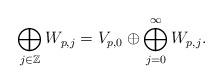
LaTeX: \begin{align*} \bigoplus_{j \in \mathbb{Z}} W_{p,j} = V_{p,0} \oplus \bigoplus_{j = 0}^{\infty} W_{p,j} .\end{align*}